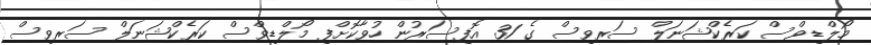
މޯލްޑިވްސް ކަރެކްޝަނަލް ސަރވިސް ގެ 31 އޮފިސަރުން ހުވާކޮށްފި މޯލްޑިވްސް ކަރެކްޝަނަލް ސަރވިސް